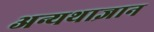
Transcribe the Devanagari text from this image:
अन्यथाज्ञान